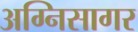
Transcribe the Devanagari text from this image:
अग्निसागर